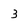
Character: 3